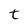
Character: t